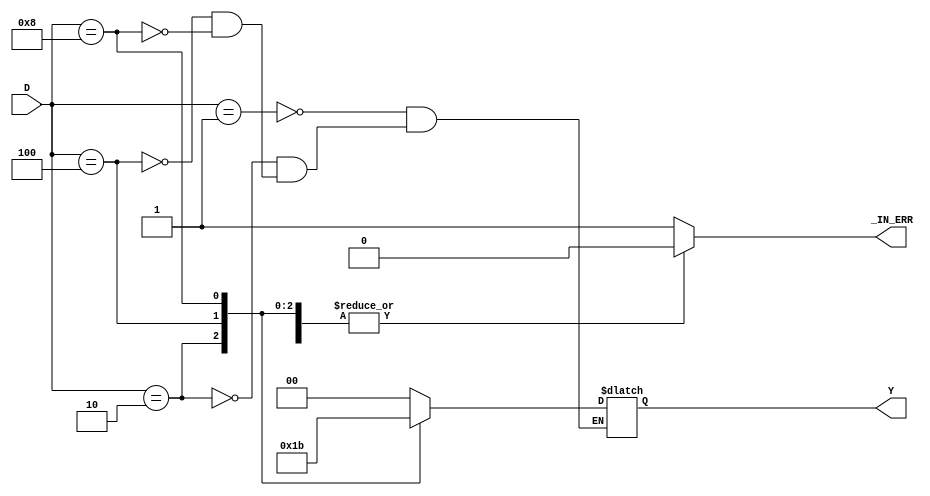
/* 4 to 2 encoder in behavior level */
module enc4to2_b(D, Y, _IN_ERR);
    input   [3:0]   D;
    output  [1:0]   Y;
    output          _IN_ERR;
    
    reg     [1:0]   Y;
    reg             _IN_ERR;

    always@(D) begin
        _IN_ERR = 1'b0;
        case (D) 
            4'b0001: Y = 2'b00;
            4'b0010: Y = 2'b01;
            4'b0100: Y = 2'b10;
            4'b1000: Y = 2'b11;
            default: _IN_ERR = 1'b1;
        endcase
    end
endmodule